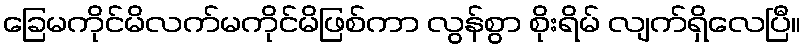
ခြေမကိုင်မိလက်မကိုင်မိဖြစ်ကာ လွန်စွာ စိုးရိမ် လျက်ရှိလေပြီ။